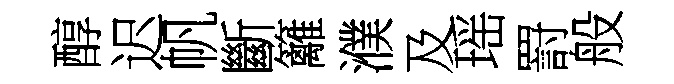
醇迟帆斷籬濮及瑶罸般